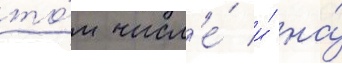
то́м числ'е́ и́ на́